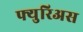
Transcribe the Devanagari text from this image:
फ्युरिअस